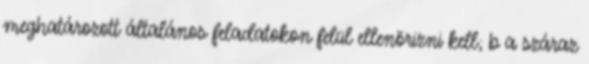
meghatározott általános feladatokon felül ellenõrizni kell; b a száraz